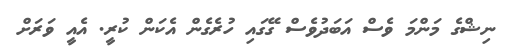
ނިޝްގެ މަންމަ ވެސް އަބަދުވެސް ގޭގައި ހުރެގެން އެކަން ކުރީ. އެއީ ވަރަށް